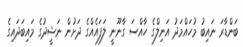
ބަންޑާރަ ނައިބު މުހައްމަދު އަނިލްގެ ހާއްސަ ގާނޫނީ ލަފައެއްގެ ދަށުން ނަޝީދުގެ މައިބަދައިގެ